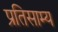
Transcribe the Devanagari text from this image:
प्रतिसाम्य